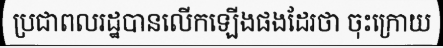
ប្រជាពលរដ្ឋបានលើកឡើងផងដែរថា ចុះក្រោយ